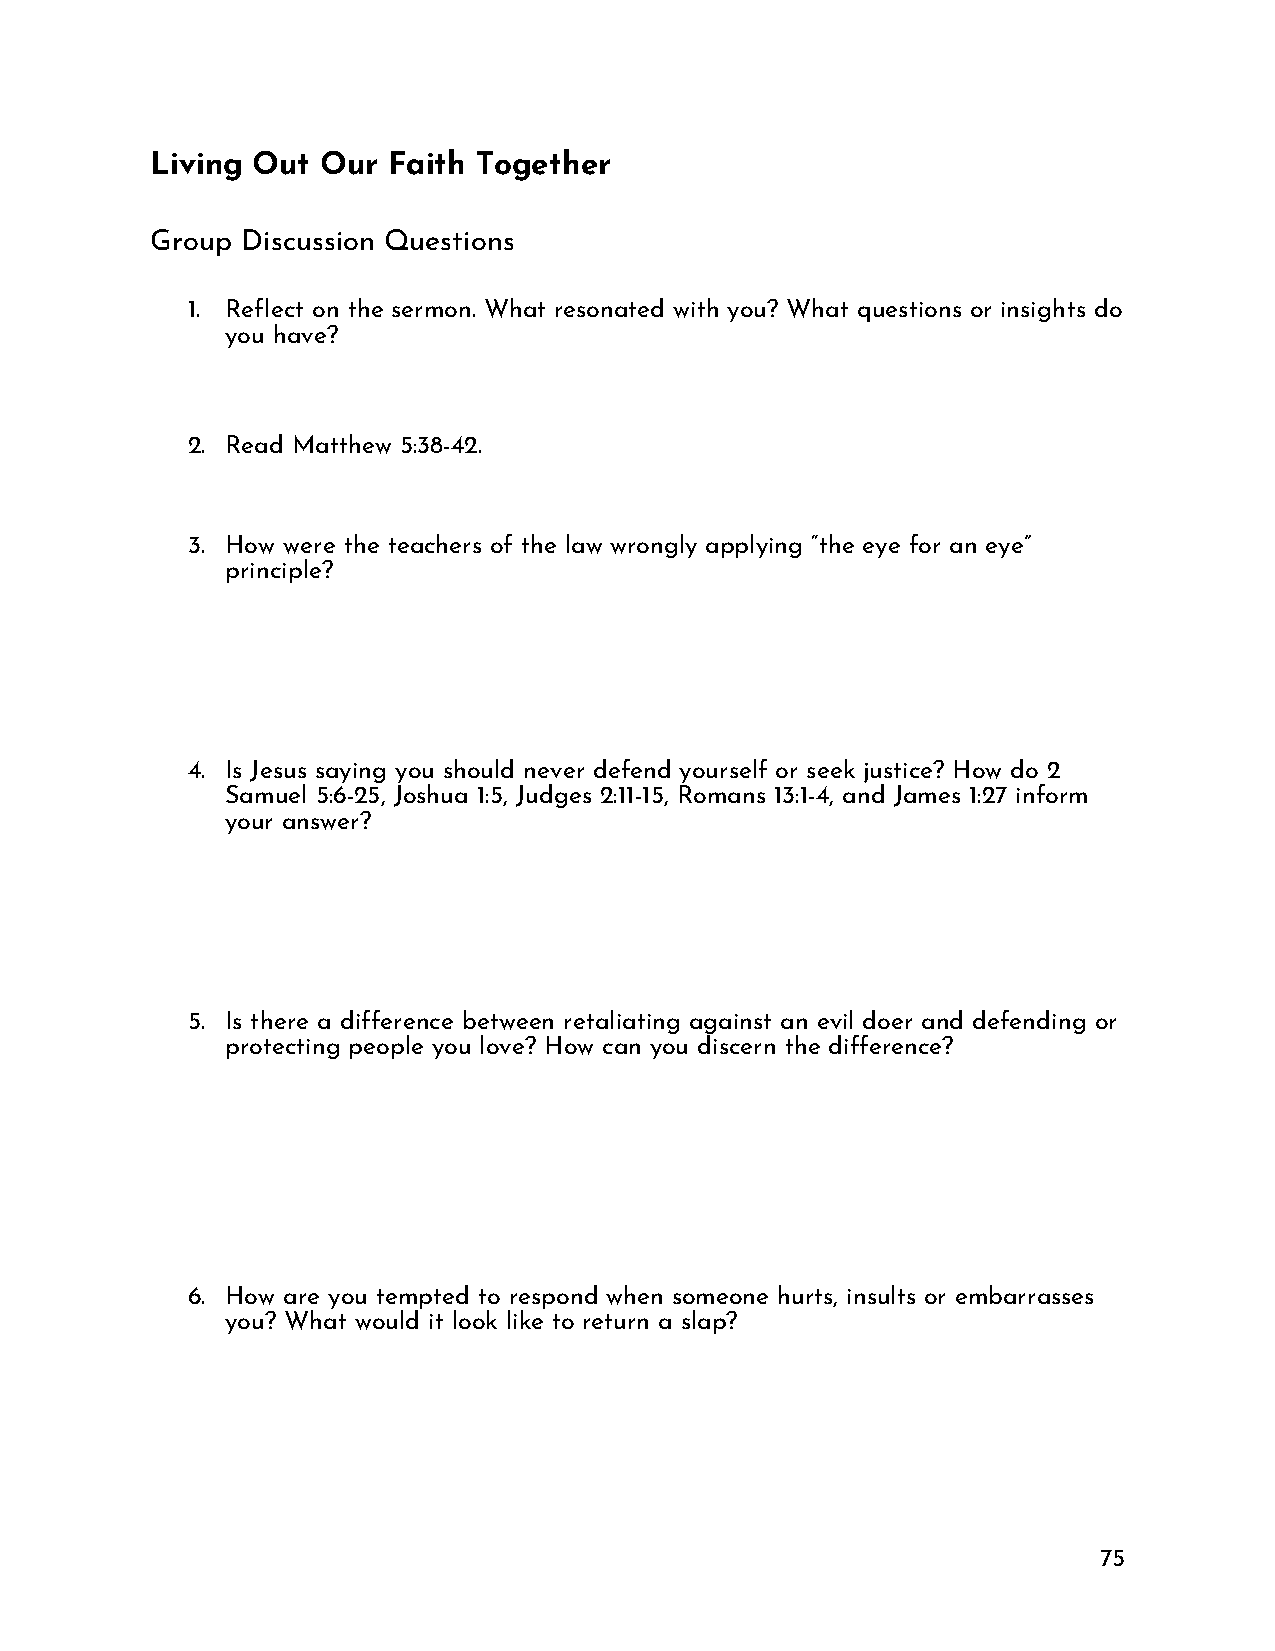
Living Out Our  Faith Together
 Group Discussion Questions
 1. Reflect on the sermon. What resonated with you? What questions or insights do
 you have?
 2. Read Matthew 5:38-42.
 3. How were the teachers of the law wrongly applying “the eye for an eye”
 principle?
 4. Is Jesus saying you should never defend yourself or seek justice? How do 2
 Samuel 5:6-25, Joshua 1:5, Judges 2:11-15, Romans 13:1-4, and James 1:27 inform
 your answer?
 5. Is there a difference between retaliating against an evil doer and defending or
 protecting people you love? How can you discern the difference?
 6. How are you tempted to respond when someone hurts, insults or embarrasses
 you? What would it look like to return a slap?
 75